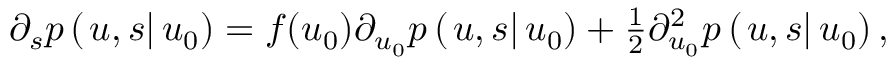
\begin{array} { r } { \partial _ { s } p \left( \left. u , s \right| u _ { 0 } \right) = f ( u _ { 0 } ) \partial _ { u _ { 0 } } p \left( \left. u , s \right| u _ { 0 } \right) + \frac { 1 } { 2 } \partial _ { u _ { 0 } } ^ { 2 } p \left( \left. u , s \right| u _ { 0 } \right) , } \end{array}